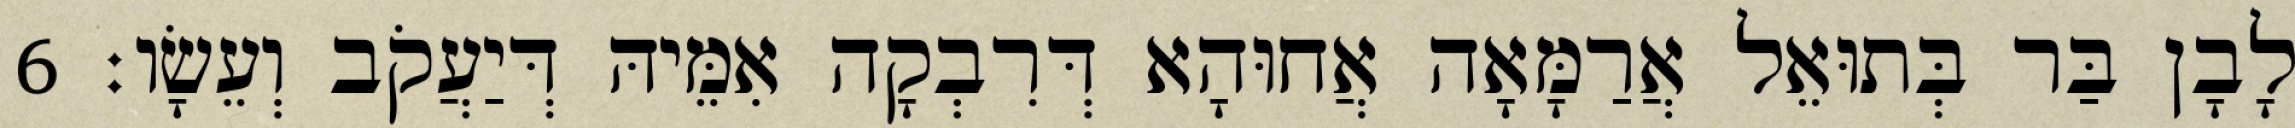
לָבָן בַּר בְּתוּאֵל אֲרַמָּאָה אֲחוּהָא דְּרִבְקָה אִמֵּיהּ דְּיַעֲקֹב וְעֵשָׂו׃ 6